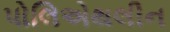
પોલિએથલીન